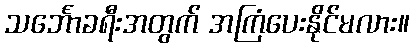
သင်္ဘောခရီးအတွက် အကြံပေးနိုင်မလား။